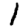
Digit: 1